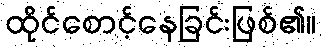
ထိုင်စောင့်နေခြင်းဖြစ်၏။